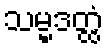
သမ္မဒတ္ထံ